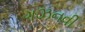
ગઝનવી